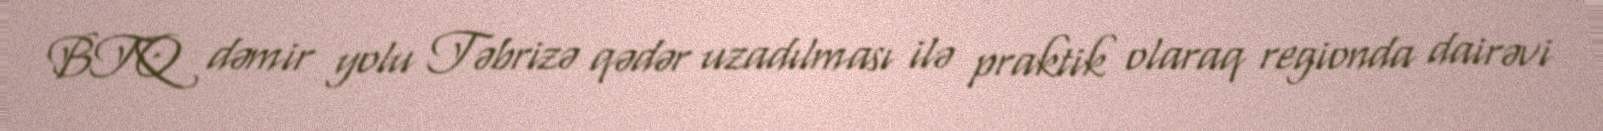
BTQ dəmir yolu Təbrizə qədər uzadılması ilə praktik olaraq regionda dairəvi